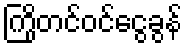
ကြိုတင်ဝင်ငွေခွန်